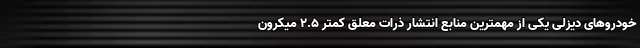
خودروهای دیزلی یکی از مهمترین منابع انتشار ذرات معلق کمتر ۲.۵ میکرون